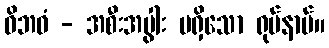
ဝိဘဝံ - အစီးအပွါး မရှိသော ရုပ်နာမ်။